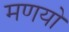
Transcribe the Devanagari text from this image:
मणयो